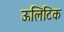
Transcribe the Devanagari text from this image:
ऊलिटिक